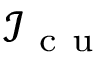
\mathcal { I } _ { \mathrm { ~ c ~ u ~ } }